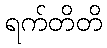
ရက်တိတိ